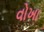
વોખા